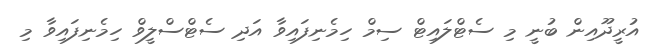
އުރީދޫއިން ބުނީ މި ސެޓްލައިޓް ސިމް ހިމެނިފައިވާ އަދި ސެޓްސްލީވް ހިމެނިފައިވާ މި